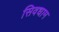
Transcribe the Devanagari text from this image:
सिवधाम